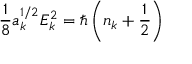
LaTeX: \frac { 1 } { 8 } a _ { k } ^ { 1 / 2 } E _ { k } ^ { 2 } = \hbar \left( n _ { k } + \frac { 1 } { 2 } \right)